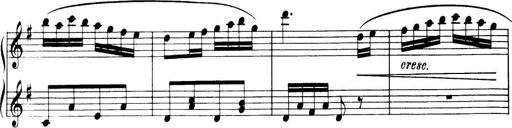
Title: 32 Sonatinas and Rondos for the Piano
Composer: Richard Kleinmichel